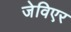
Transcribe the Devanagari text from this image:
जेविएर